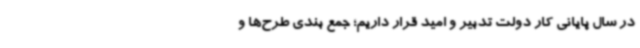
در سال پایانی کار دولت تدبیر و امید قرار داریم؛ جمع بندی طرح‌ها و